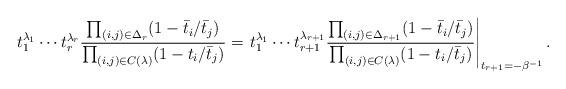
LaTeX: \begin{align*}t_1^{\lambda_1}\cdots t_r^{\lambda_r}\frac{\prod_{(i,j)\in \Delta_r}(1- \bar t_i/\bar t_j)}{\prod_{(i,j) \in C(\lambda)} (1- t_i/\bar t_j)}= \left.t_1^{\lambda_1}\cdots t_{{r+1}}^{\lambda_{{r+1}}}\frac{\prod_{(i,j)\in \Delta_{{r+1}}}(1- \bar t_i/\bar t_j)}{\prod_{(i,j) \in C(\lambda)} (1- t_i/\bar t_j)}\right|_{t_{{r+1}}=-\beta^{-1}}.\end{align*}